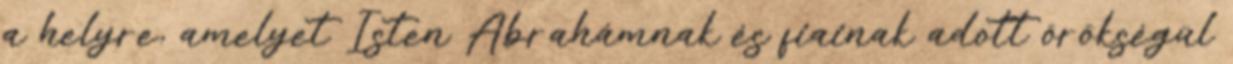
a helyre, amelyet Isten Ábrahámnak és fiainak adott örökségül